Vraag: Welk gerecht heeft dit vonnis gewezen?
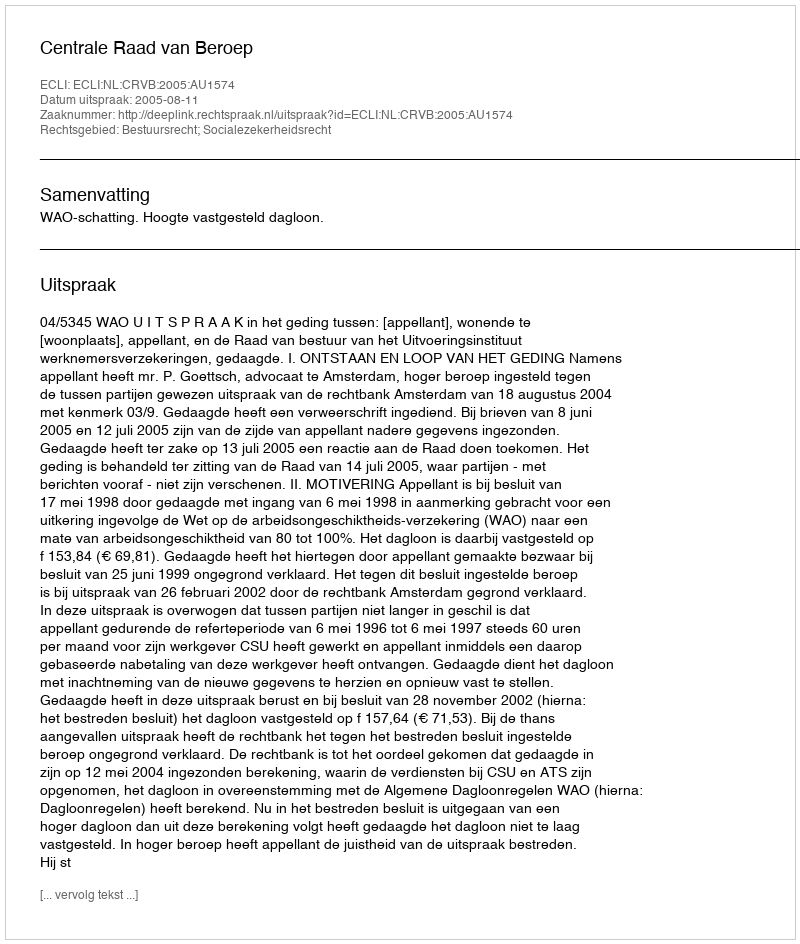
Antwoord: Centrale Raad van Beroep